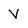
Character: V